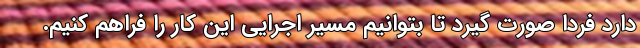
دارد فردا صورت گیرد تا بتوانیم مسیر اجرایی این کار را فراهم کنیم.